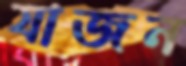
যাজন